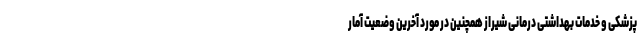
پزشکی و خدمات بهداشتی درمانی شیراز همچنین در مورد آخرین وضعیت آمار